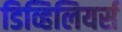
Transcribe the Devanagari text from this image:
डिव्हिलियर्स